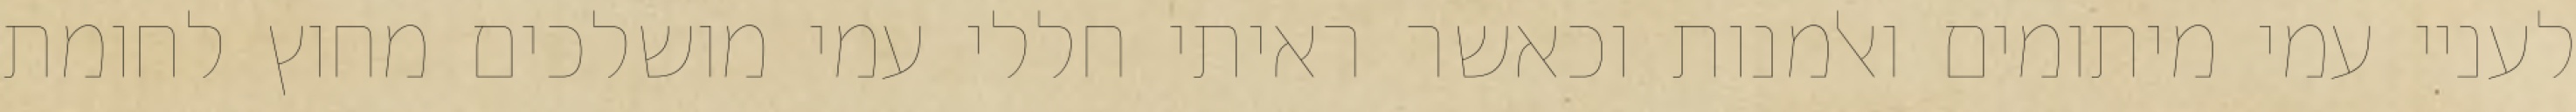
לעניי עמי מיתומים ואלמנות וכאשר ראיתי חללי עמי מושלכים מחוץ לחומת